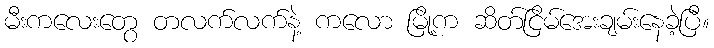
မီးကလေးတွေ တလက်လက်နဲ့ ကလော မြို့က ဆိတ်ငြိမ်အေးချမ်းနေခဲ့ပြီ။